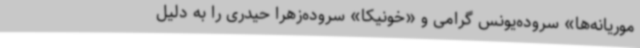
موریانه‌ها» سروده‌یونس گرامی و «خونیکا» سروده‌زهرا حیدری را به دلیل